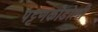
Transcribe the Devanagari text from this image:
पट्टणकोडोली